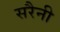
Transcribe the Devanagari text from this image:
सरैनी